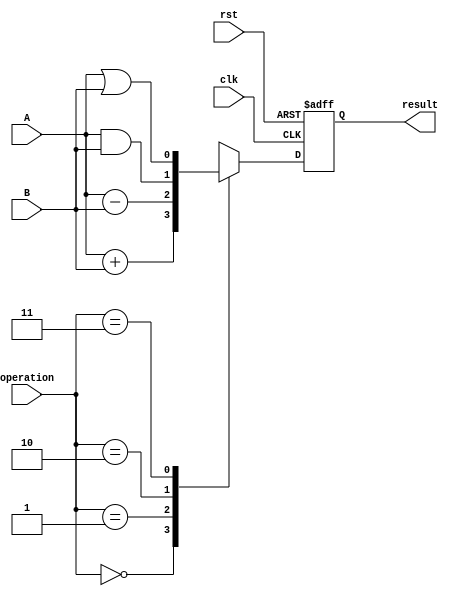
module alu_1bit (
    input wire clk,
    input wire rst,
    input wire [1:0] operation, // Operation select input
    input wire A, // Input operand A
    input wire B, // Input operand B
    output reg result // Output result
);

always @(posedge clk or posedge rst) begin
    if (rst) begin
        result <= 1'b0; // Reset result to 0
    end else begin
        case (operation)
            2'b00: result <= A + B; // Addition
            2'b01: result <= A - B; // Subtraction
            2'b10: result <= A & B; // Bitwise AND
            2'b11: result <= A | B; // Bitwise OR
        endcase
    end
end

endmodule